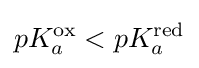
pK_{a}^{\rm {ox}}<pK_{a}^{\rm {red}}